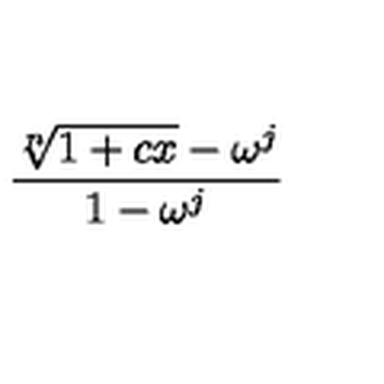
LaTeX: { \frac { \root n \of { 1 + c x } - \omega ^ { j } } { 1 - \omega ^ { j } } }